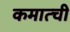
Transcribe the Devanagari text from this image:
कमात्ची